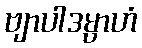
ဗျာပါဒမ္ပာဟံ